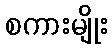
စကားမျိုး